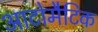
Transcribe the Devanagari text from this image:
आटोमैटिक